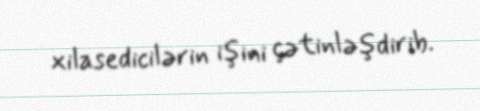
xilasedicilərin işini çətinləşdirib.